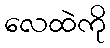
လေထဲကို